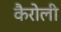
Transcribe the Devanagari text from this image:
कैरोली